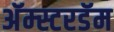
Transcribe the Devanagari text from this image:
अॅम्स्टरडॅम